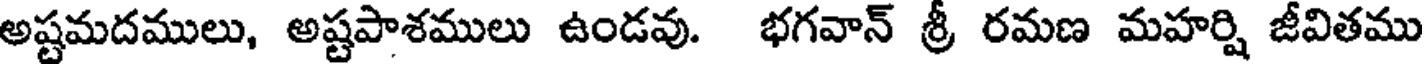
అష్టమదములు, అష్టపాశములు ఉండవు. భగవాన్ శ్రీ రమణ మహర్షి జీవితము